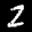
Label: 2